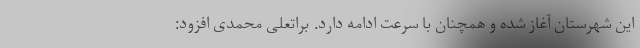
این شهرستان آغاز شده و همچنان با سرعت ادامه دارد. براتعلی محمدی افزود: